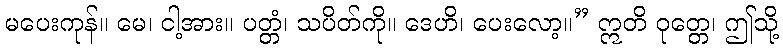
မပေးကုန်။ မေ၊ ငါ့အား။ ပတ္တံ၊ သပိတ်ကို။ ဒေဟိ၊ ပေးလော့။” ဣတိ ဝုတ္တေ၊ ဤသို့